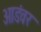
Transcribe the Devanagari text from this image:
आडंवर